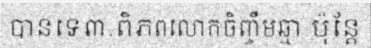
បានទេ៣.ពិភពលោកចិញ្ចឹមឆ្មា ប៉ុន្តែ